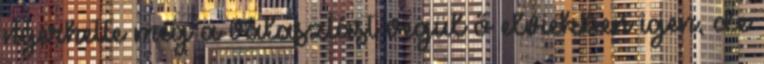
nyerhette meg a választást végül ő elviekben igen, de